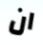
ان